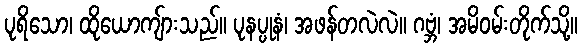
ပုရိသော၊ ထိုယောကျ်ားသည်။ ပုနပ္ပုနံ၊ အဖန်တလဲလဲ။ ဂဗ္ဘံ၊ အမိဝမ်းတိုက်သို့။